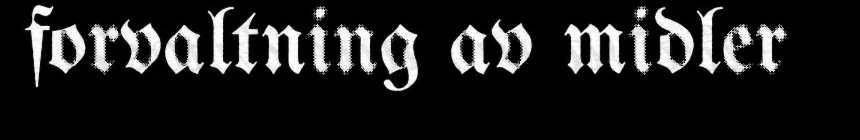
forvaltning av midler